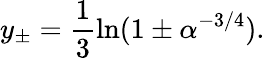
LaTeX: y_{\pm}=\frac{1}{3}\ln(1\pm\alpha^{-3/4}).